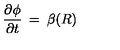
\frac { \partial \phi } { \partial t } \: = \: \beta ( R )